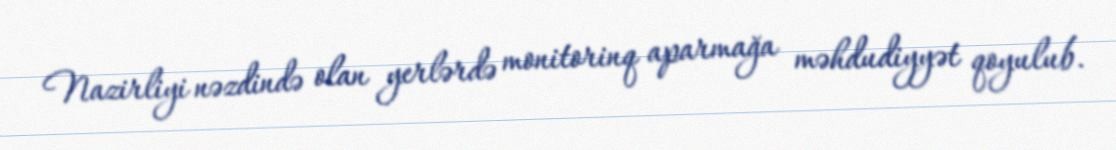
Nazirliyi nəzdində olan yerlərdə monitorinq aparmağa məhdudiyyət qoyulub.